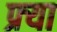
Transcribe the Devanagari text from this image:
फ्र्या